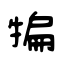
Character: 犏